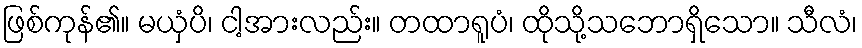
ဖြစ်ကုန်၏။ မယှံပိ၊ ငါ့အားလည်း။ တထာရူပံ၊ ထိုသို့သဘောရှိသော။ သီလံ၊